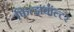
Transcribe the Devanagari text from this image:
फित्झवॉल्टर